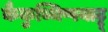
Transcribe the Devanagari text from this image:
कैकुथ्थिप्पयाट्टू